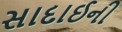
સાદાઈની